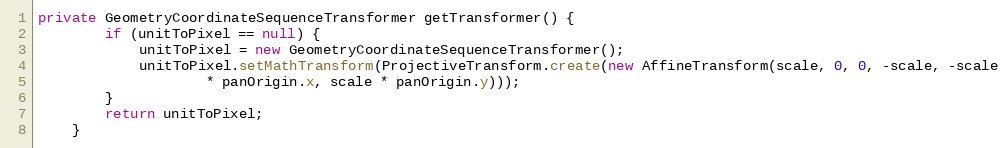
Language: Java
private GeometryCoordinateSequenceTransformer getTransformer() {
		if (unitToPixel == null) {
			unitToPixel = new GeometryCoordinateSequenceTransformer();
			unitToPixel.setMathTransform(ProjectiveTransform.create(new AffineTransform(scale, 0, 0, -scale, -scale
					* panOrigin.x, scale * panOrigin.y)));
		}
		return unitToPixel;
	}